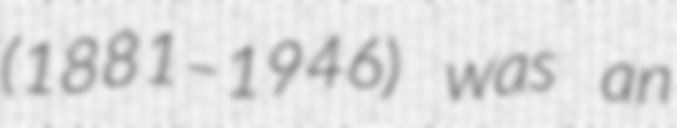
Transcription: (1881–1946) was an